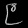
Digit: ၉